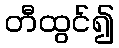
တီထွင်၍